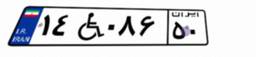
۱۴W۰۸۶۵۰